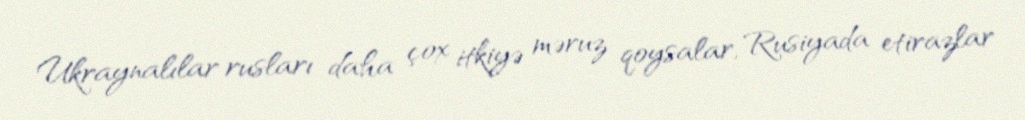
Ukraynalılar rusları daha çox itkiyə məruz qoysalar, Rusiyada etirazlar